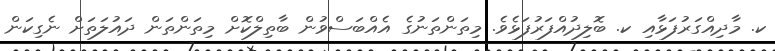
ކ. މާދިއްގަރުފަޅާއި ކ. ބޮލިދުއްފަރުފަޅެވެ. މިތަންތަނުގެ އެއްބަސްވުން ބާތިލްކޮށް މިތަންތަން ދައުލަތަށް ނެގިކަން